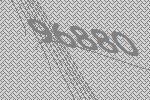
96880